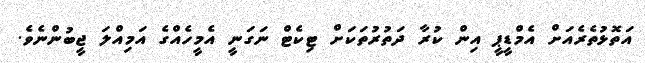
އަތޮޅުތެރެއަށް އެމްޑީޕީ އިން ކުރާ ދަތުރުތަކަށް ޓިކެޓް ނަގަނީ އެމީހެއްގެ އަމިއްލަ ޖީބުންނެވެ.